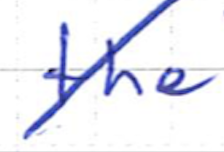
Text: the
Cross-out: diagonal
Writing tool: ballpoint